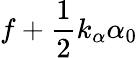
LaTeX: f+\frac{1}{2}k_{\alpha}\alpha_{0}